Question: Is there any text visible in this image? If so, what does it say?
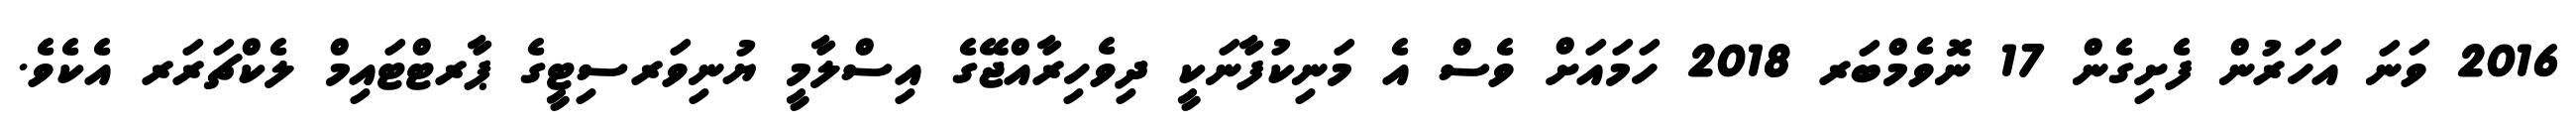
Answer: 2016 ވަނަ އަހަރުން ފެށިގެން 17 ނޮވެމްބަރ 2018 ހަމައަށް ވެސް އެ މަނިކުފާނަކީ ދިވެހިރާއްޖޭގެ އިސްލާމީ ޔުނިވަރސިޓީގެ ޕާރޓްޓައިމް ލެކްޗަރަރ އެކެވެ.